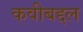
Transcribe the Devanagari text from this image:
कवीबद्दल